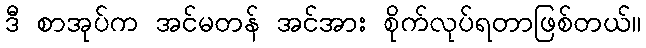
ဒီ စာအုပ်က အင်မတန် အင်အား စိုက်လုပ်ရတာဖြစ်တယ်။